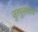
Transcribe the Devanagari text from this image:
जुरथुस्त्रवाद